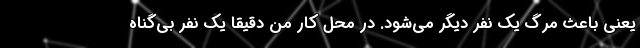
یعنی باعث مرگ یک نفر دیگر می‌شود. در محل کار من دقیقاً یک نفر بی‌گناه